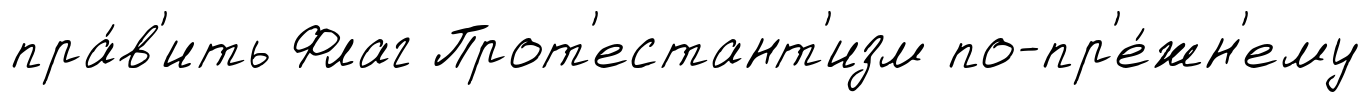
пра́в'ить Флаг Прот'естант'изм по-пр'е́жн'ему